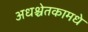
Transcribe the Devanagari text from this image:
अधश्चेतकामधे